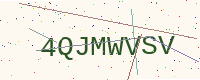
Text: 4QJMWVSV